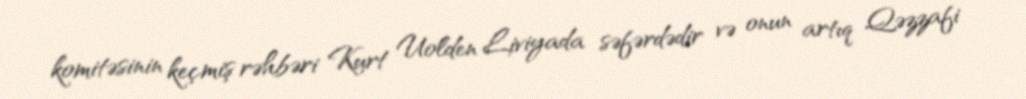
komitəsinin keçmiş rəhbəri Kurt Uolden Liviyada səfərdədir və onun artıq Qəzzafi